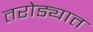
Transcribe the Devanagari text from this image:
तरोड्यात